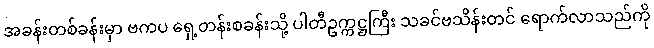
အခန်းတစ်ခန်းမှာ ဗကပ ရှေ့တန်းစခန်းသို့ ပါတီဥက္ကဋ္ဌကြီး သခင်ဗသိန်းတင် ရောက်လာသည်ကို